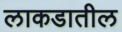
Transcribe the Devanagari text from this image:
लाकडातील